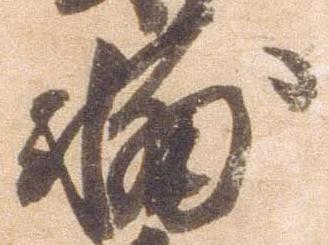
輔